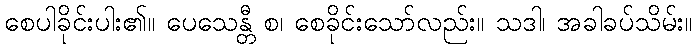
စေပါခိုင်းပါး၏။ ပေသေန္တီ စ၊ စေခိုင်းသော်လည်း။ သဒါ၊ အခါခပ်သိမ်း။